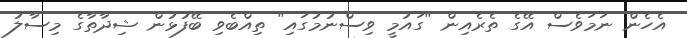
އެހެން ނަމަވެސް އޭގެ ތެރެއިން "ގައުމީ ވިސްނުމުގައި" ތިއްބެވި ބޭފުޅުން ޝިދާތާގެ މިސާލު